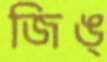
জিঙ্